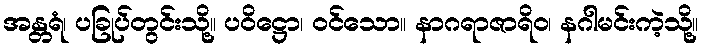
အန္တရံ၊ ပခြုပ်တွင်းသို့။ ပဝိဋ္ဌော၊ ဝင်သော။ နာဂရာဇာရိဝ၊ နဂါမင်းကဲ့သို့။